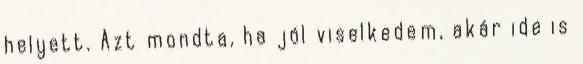
helyett. Azt mondta, ha jól viselkedem, akár ide is